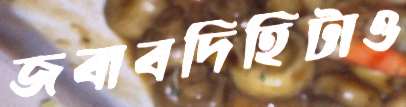
জবাবদিহিটাও